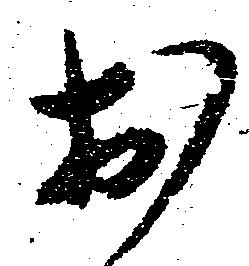
於